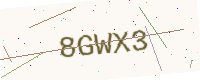
Text: 8GWX3